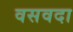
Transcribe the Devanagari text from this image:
वसवदा